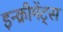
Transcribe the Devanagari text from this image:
इन्‍क्रीमेंट्‌स